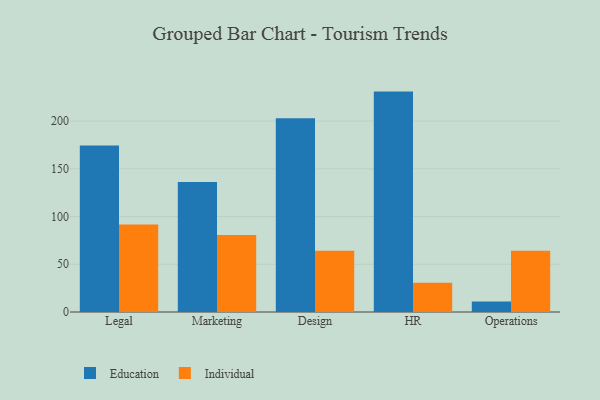
{"axis": {"x": "Department", "y": "Net Income (USD K)"}, "legend": ["Education", "Individual"], "data": [{"x": "Legal", "y": 174.4, "type": "Education"}, {"x": "Legal", "y": 91.7, "type": "Individual"}, {"x": "Marketing", "y": 136.1, "type": "Education"}, {"x": "Marketing", "y": 80.7, "type": "Individual"}, {"x": "Design", "y": 202.9, "type": "Education"}, {"x": "Design", "y": 64.2, "type": "Individual"}, {"x": "HR", "y": 230.9, "type": "Education"}, {"x": "HR", "y": 30.6, "type": "Individual"}, {"x": "Operations", "y": 10.9, "type": "Education"}, {"x": "Operations", "y": 64.2, "type": "Individual"}]}